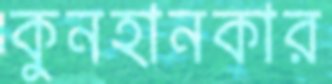
কুনহানকার